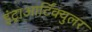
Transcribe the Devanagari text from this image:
इंट्राआर्टिक्युलर